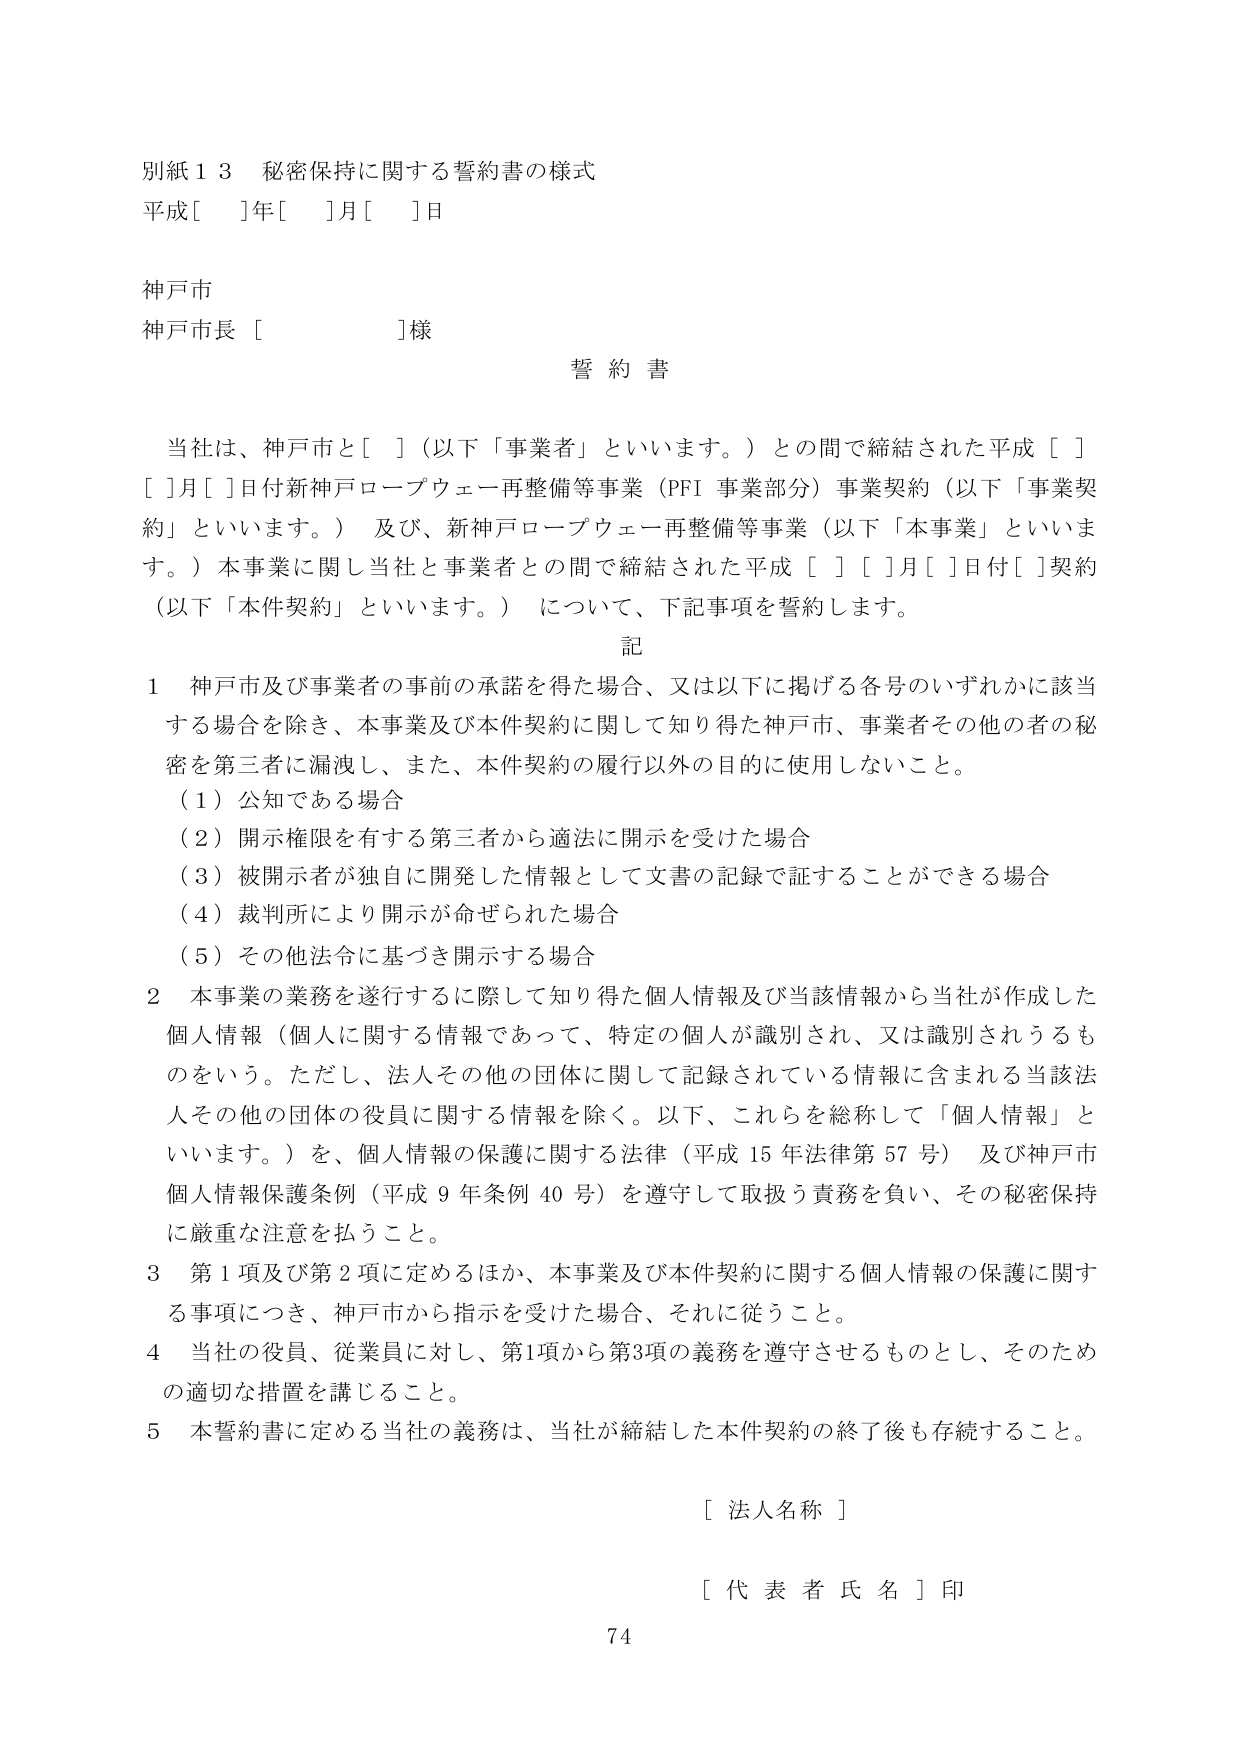
別紙１３ 秘密保持に関する誓約書の様式
平成[ ]年[ ]月[ ]日

神戸市
神戸市長 [ ]様

誓約書

当社は、神戸市と[ ]（以下「事業者」といいます。）との間で締結された平成[ ][ ]月[ ]日付新神戸ロープウェー再整備等事業（PFI事業部分）事業契約（以下「事業契約」といいます。）及び、新神戸ロープウェー再整備等事業（以下「本事業」といいます。）本事業に関し当社と事業者との間で締結された平成[ ][ ]月[ ]日付[ ]契約（以下「本件契約」といいます。）について、下記事項を誓約します。

記

１ 神戸市及び事業者の事前の承諾を得た場合、又は以下に掲げる各号のいずれかに該当する場合を除き、本事業及び本件契約に関して知り得た神戸市、事業者その他の者の秘密を第三者に漏洩し、また、本件契約の履行以外の目的に使用しないこと。
（１）公知である場合
（２）開示権限を有する第三者から適法に開示を受けた場合
（３）被開示者が独自に開発した情報として文書の記録で証することができる場合
（４）裁判所により開示が命ぜられた場合
（５）その他法令に基づき開示する場合

２ 本事業の業務を遂行するに際して知り得た個人情報及び当該情報から当社が作成した個人情報（個人に関する情報であって、特定の個人が識別され、又は識別されうるものという。ただし、法人その他の団体に関して記録されている情報に含まれる当該法人その他の団体の役員に関する情報を除く。以下、これらを総称して「個人情報」といいます。）を、個人情報の保護に関する法律（平成15年法律第57号）及び神戸市個人情報保護条例（平成9年条例40号）を遵守して取扱う責務を負い、その秘密保持に厳重な注意を払うこと。

３ 第１項及び第２項に定めるほか、本事業及び本件契約に関する個人情報の保護に関する事項につき、神戸市から指示を受けた場合、それに従うこと。

４ 当社の役員、従業員に対し、第1項から第3項の義務を遵守させるものとし、そのための適切な措置を講じること。

５ 本誓約書に定める当社の義務は、当社が締結した本件契約の終了後も存続すること。

[ 法人名称 ]

[ 代表者氏名 ] 印

74